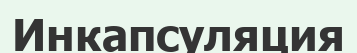
Инкапсуляция